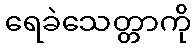
ရေခဲသေတ္တာကို